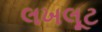
લખલૂટ